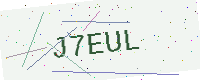
Text: J7EUL